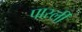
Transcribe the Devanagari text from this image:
पार्स्ली